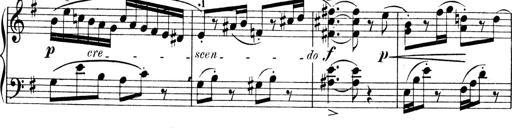
Title: 4 Sonatines
Composer: Max Reger